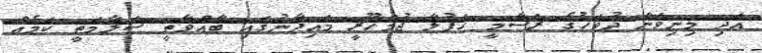
އަދި މިނިވަން ދުވަހުގެ ރަސްމީ ހަފުލާ ޖުމްހޫރީ މައިދާނުގައި ބާއްވާތީ ސަލާމަތީ ކަމެއް